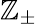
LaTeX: \mathbb{Z}_{\pm}